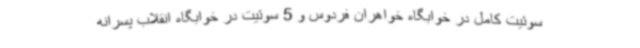
سوئیت کامل در خوابگاه خواهران فردوس و 5 سوئیت در خوابگاه انقلاب پسرانه